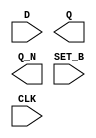
module sky130_fd_sc_hs__dfsbp (
    //# {{data|Data Signals}}
    input  D    ,
    output Q    ,
    output Q_N  ,

    //# {{control|Control Signals}}
    input  SET_B,

    //# {{clocks|Clocking}}
    input  CLK
);

    // Voltage supply signals
    supply1 VPWR;
    supply0 VGND;

endmodule